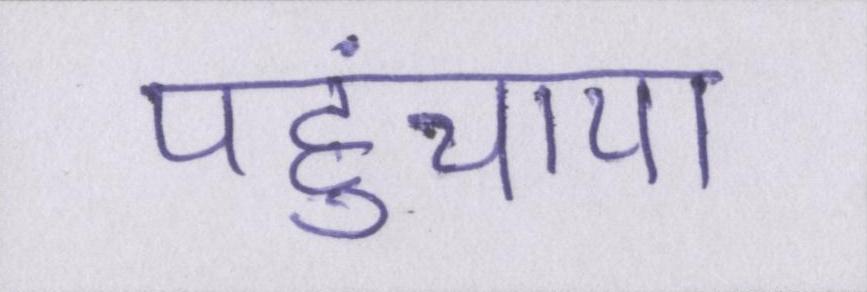
पहुंचाया